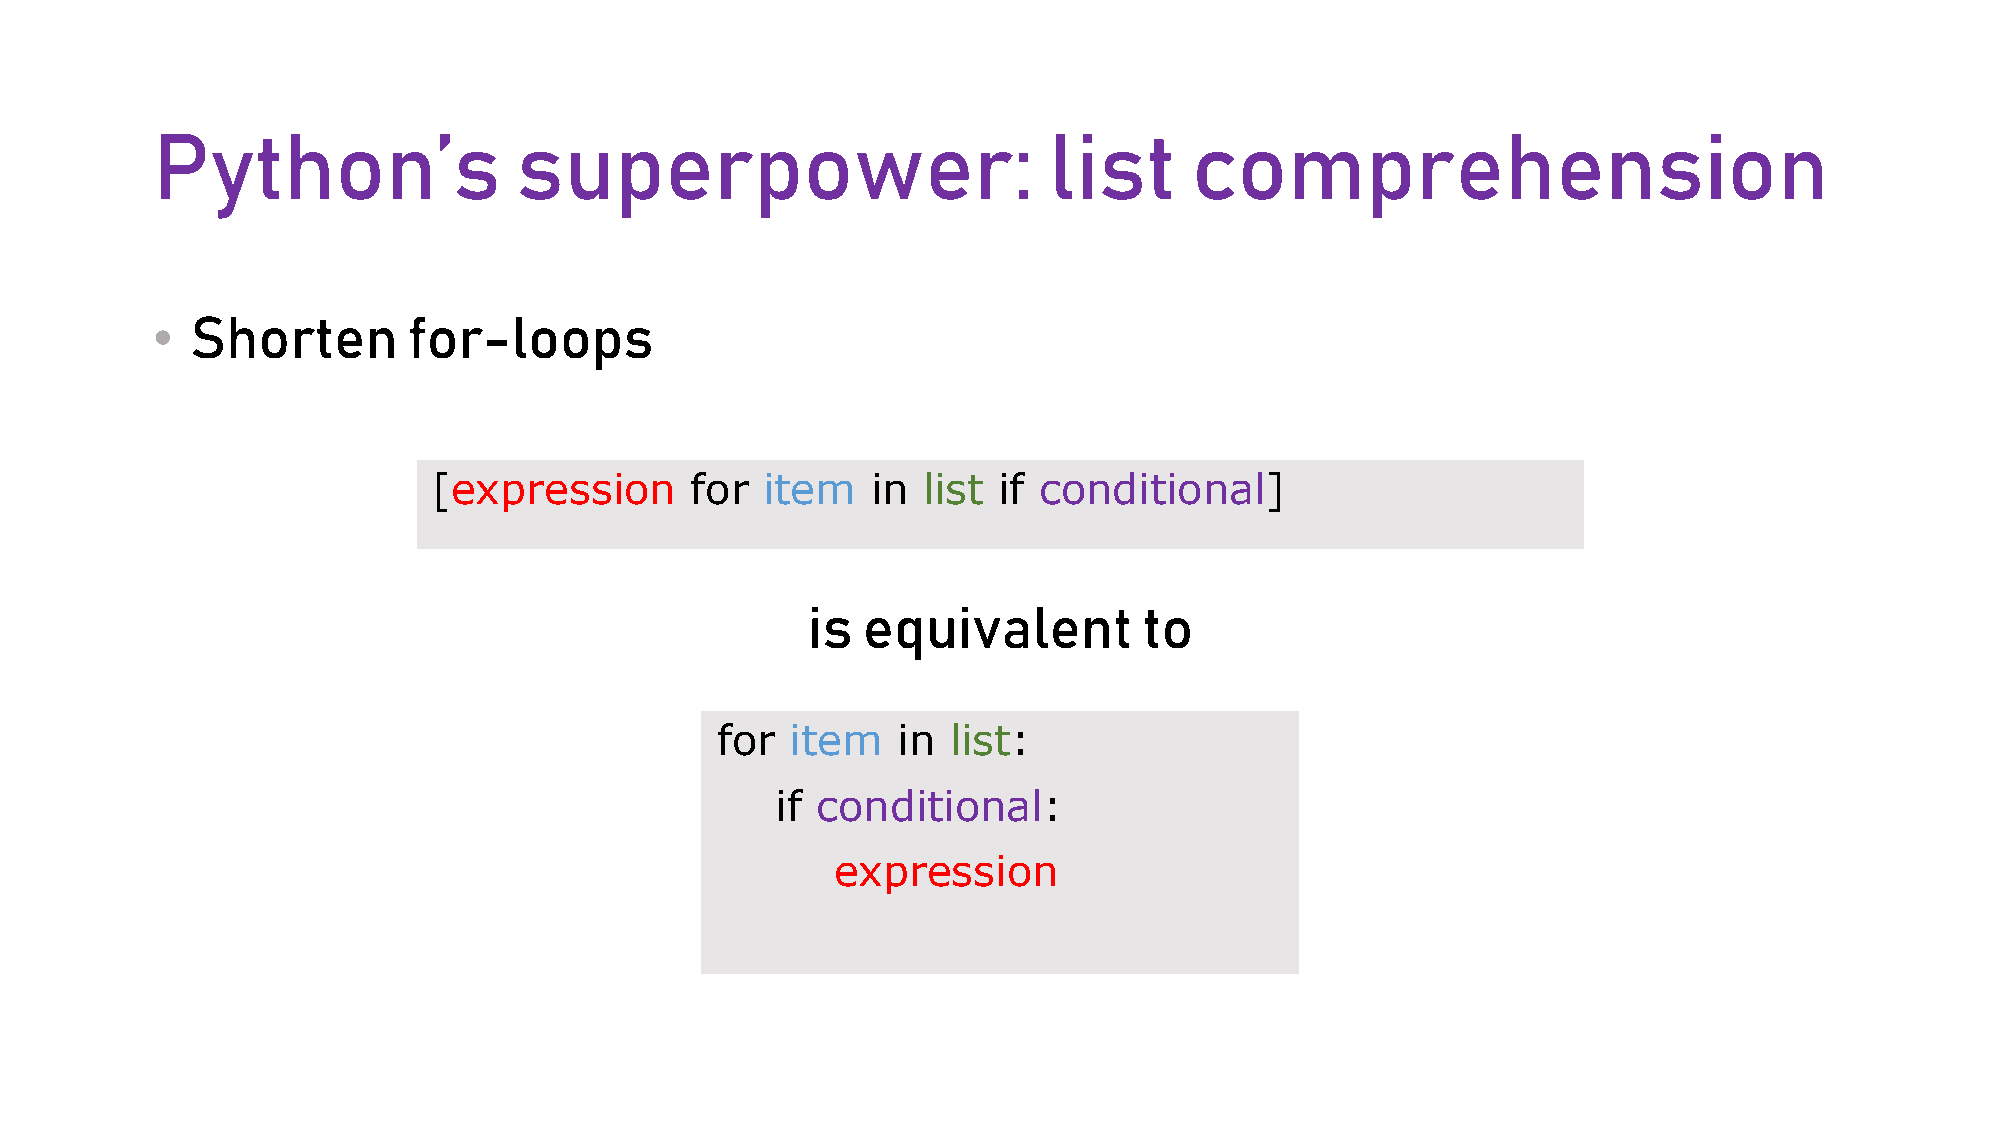
Python’s                superpower:                        list      comprehension
 •  Shorten       for-loops
 [expression      for item    in list if conditional]
 is  equivalent         to
 for  item   in  list:
 if conditional:
 expression